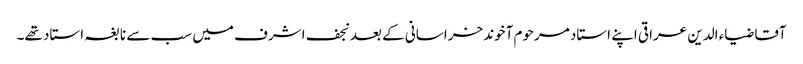
آقا ضیاء الدین عراقی اپنے استاد مرحوم آخوند خراسانی کے بعد نجف اشرف میں سب سے نابغہ استاد تھے۔